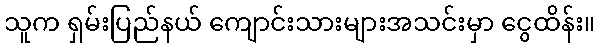
သူက ရှမ်းပြည်နယ် ကျောင်းသားများအသင်းမှာ ငွေထိန်း။